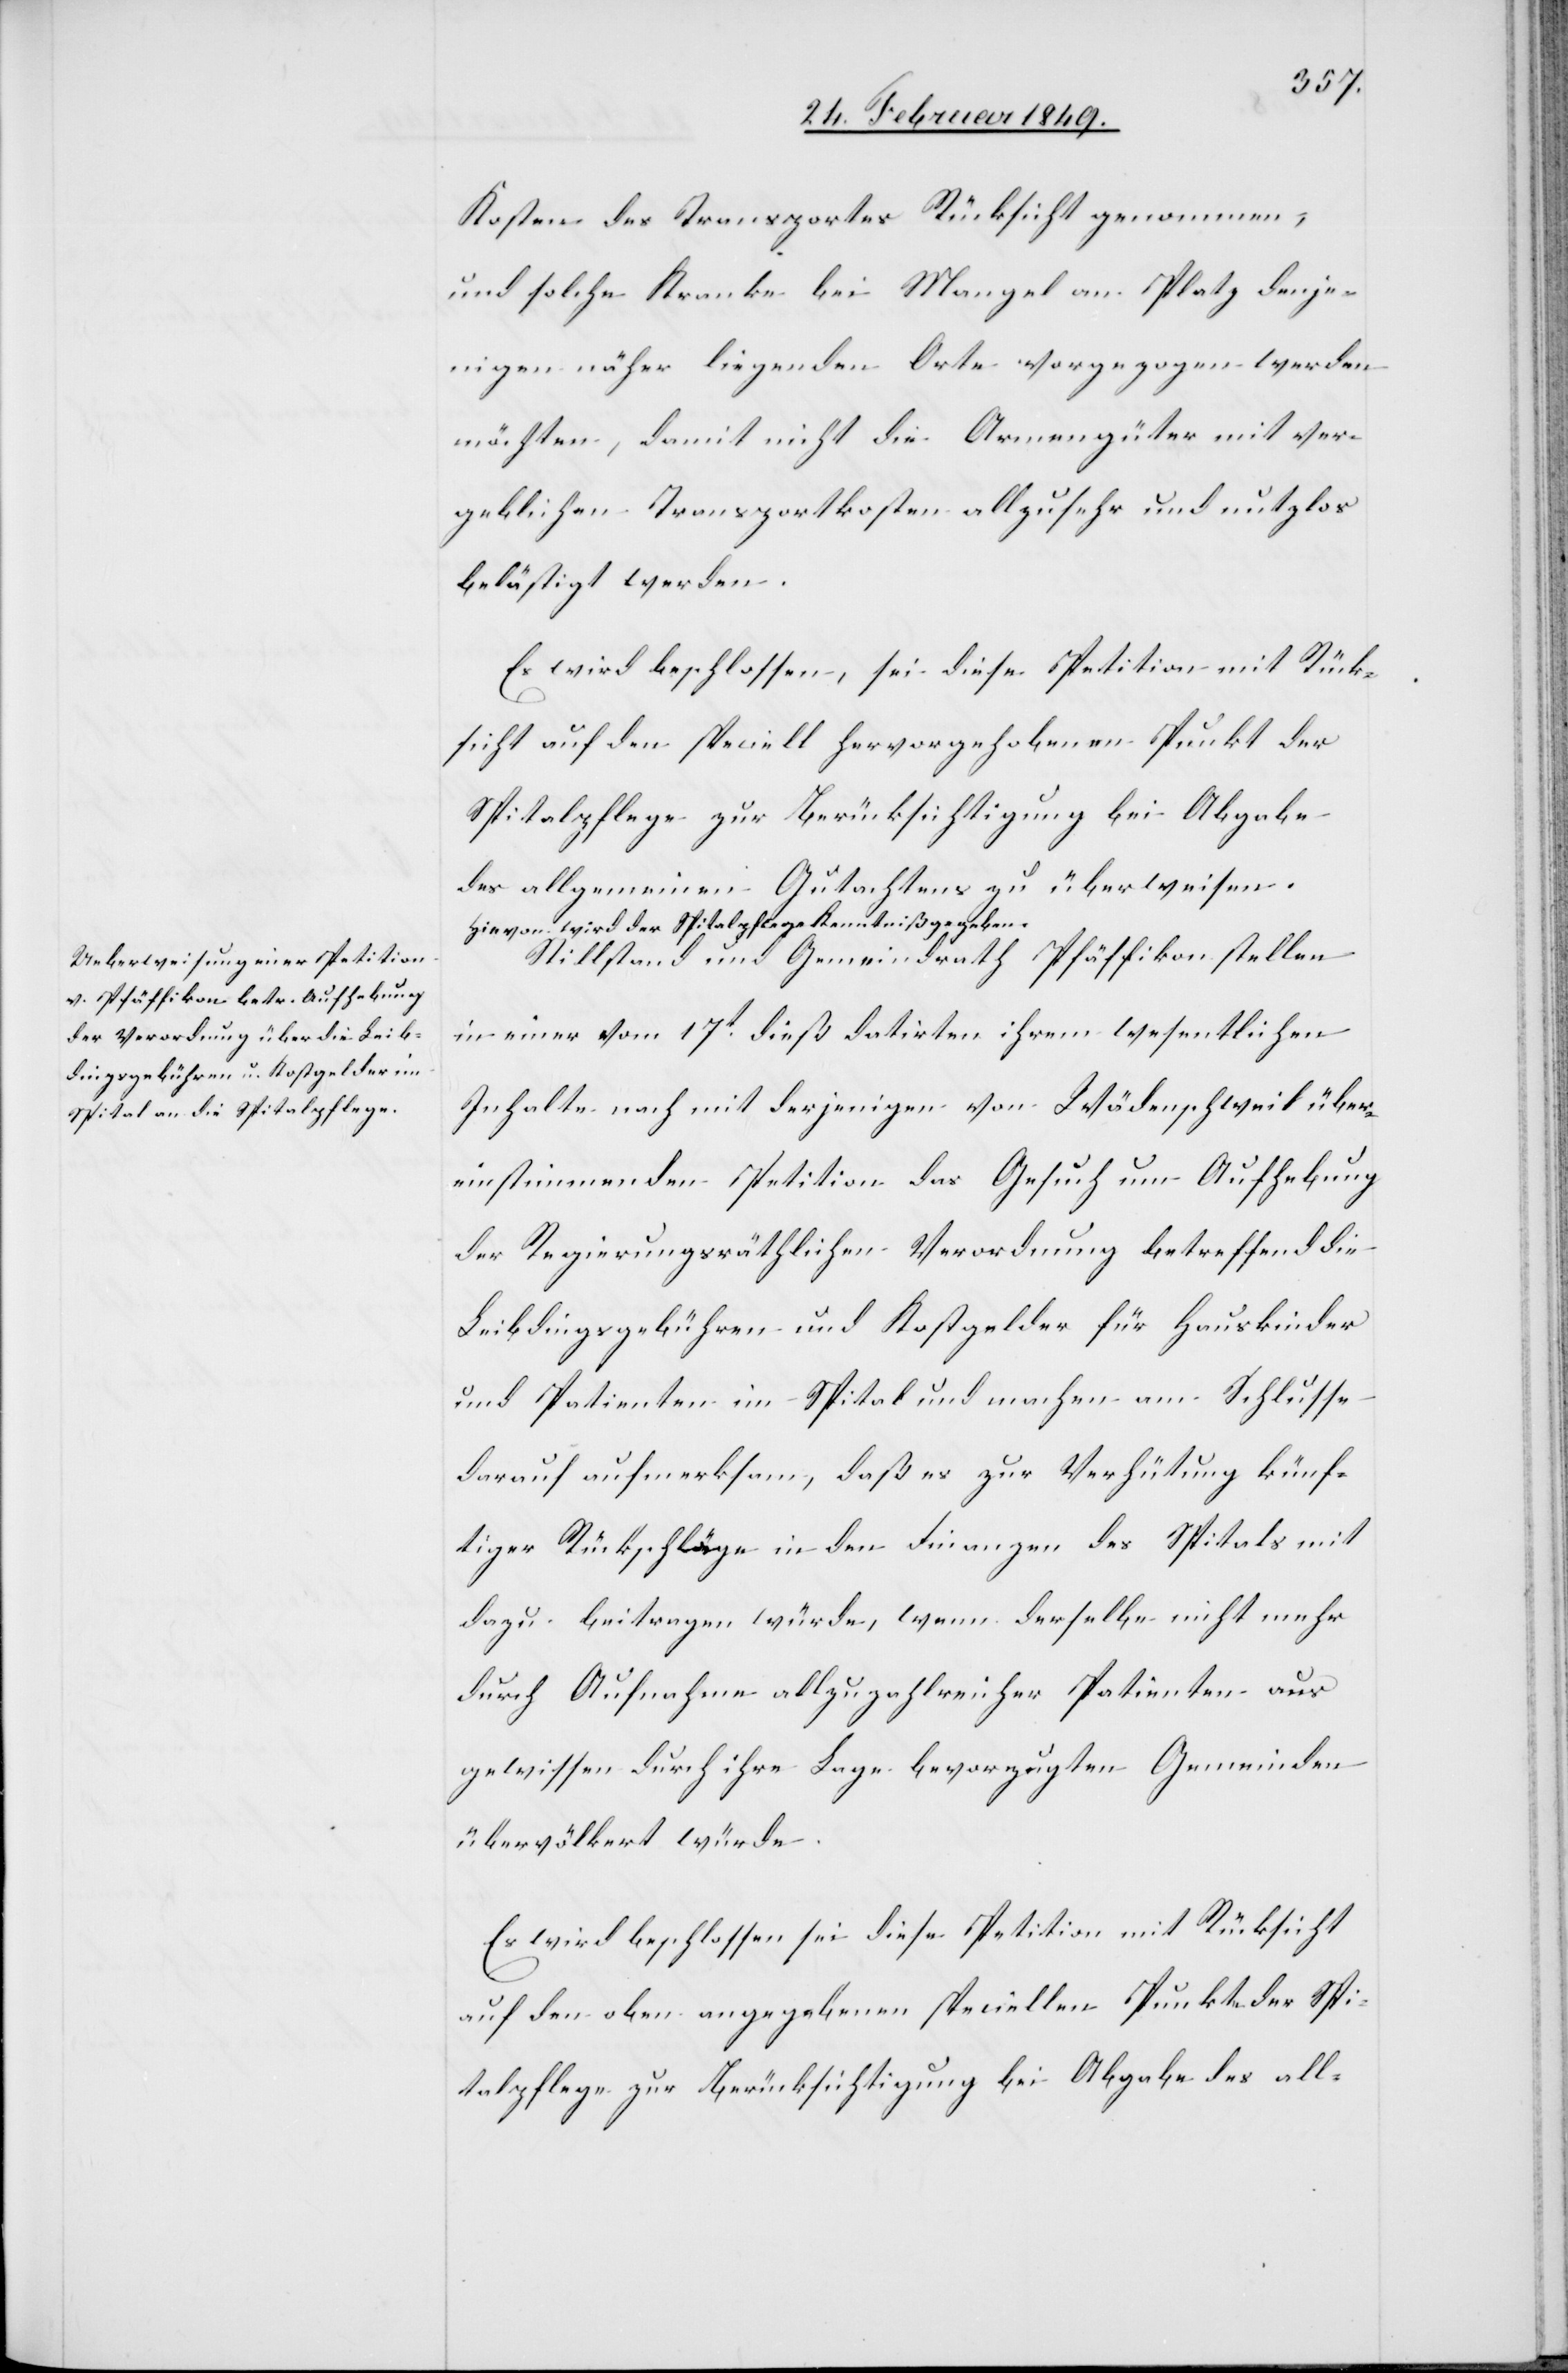
Kosten des Transportes Rücksicht genommen,
und solche Kranke bei Mangel an Platz denje¬
nigen näher liegenden Orte vorgezogen werden
möchten, damit nicht die Armengüter mit ver¬
geblichen Transportkosten allzusehr und nutzlos
belästigt werden.
Es wird beschlossen, sei diese Petition mit Rück¬
sicht auf den speciell hervorgehobenen Punkt der
Spitalpflege zur Berücksichtigung bei Abgabe
des allgemeinen Gutachtens zu überweisen.
Hievon wird der Spitalpflege Kenntniß gegeben.
Stillstand und Gemeindrath Pfäffikon stellen
in einer vom 17t. dieß datirten ihrem wesentlichen
Inhalte nach mit derjenigen von Wädenschweil über¬
einstimmenden Petition das Gesuch um Aufhebung
der Regierungsräthlichen Verordnung betreffend die
Leibdingsgebühren und Kostgelder für Hauskinder
und Patienten im Spital und machen am Schlusse
darauf aufmerksam, daß es zur Verhütung künf¬
tiger Rückschläge in den Finanzen des Spitals mit
dazu beitragen würde, wenn derselbe nicht mehr
durch Aufnahme allzuzahlreicher Patienten aus
gewissen durch ihre Lage bevorzugten Gemeinden
übervölkert würde.
Es wird beschlossen sei diese Petition mit Rücksicht
auf den oben angegebenen speciellen Punkt der Spi¬
talpflege zur Berücksichtigung bei Abgabe des all-